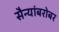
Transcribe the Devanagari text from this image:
सैन्यांबरोबर